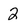
Character: 2